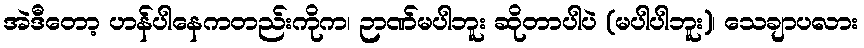
အဲဒီတော့ ဟန်ပါနေကတည်းကိုက၊ ဉာဏ်မပါဘူး ဆိုတာပါပဲ (မပါပါဘူး)၊ သေချာပလား